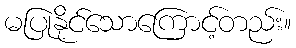
မပြုနိုင်သောကြောင့်တည်း။